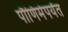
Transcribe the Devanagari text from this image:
पौणिमेपर्यंत